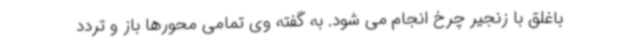
باغلق با زنجیر چرخ انجام می شود. به گفته وی تمامی محورها باز و تردد